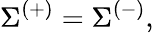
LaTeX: \Sigma^{\left(+\right)}=\Sigma^{\left(-\right)},